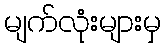
မျက်လုံးများမှ